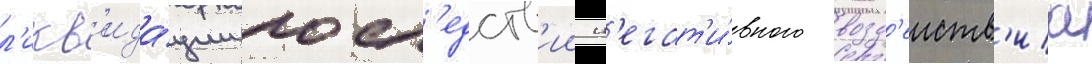
л'икв'ида́ции посл'едств'ии н'егат'и́вного возд'еиств'иа